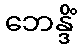
ဘေန္ဒိံ